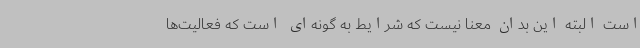
است البته این بدان معنا نیست که شرایط به گونه‌ای است که فعالیت‌ها